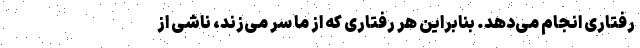
رفتاری انجام می‌دهد. بنابراین هر رفتاری که از ما سر می‌زند، ناشی از